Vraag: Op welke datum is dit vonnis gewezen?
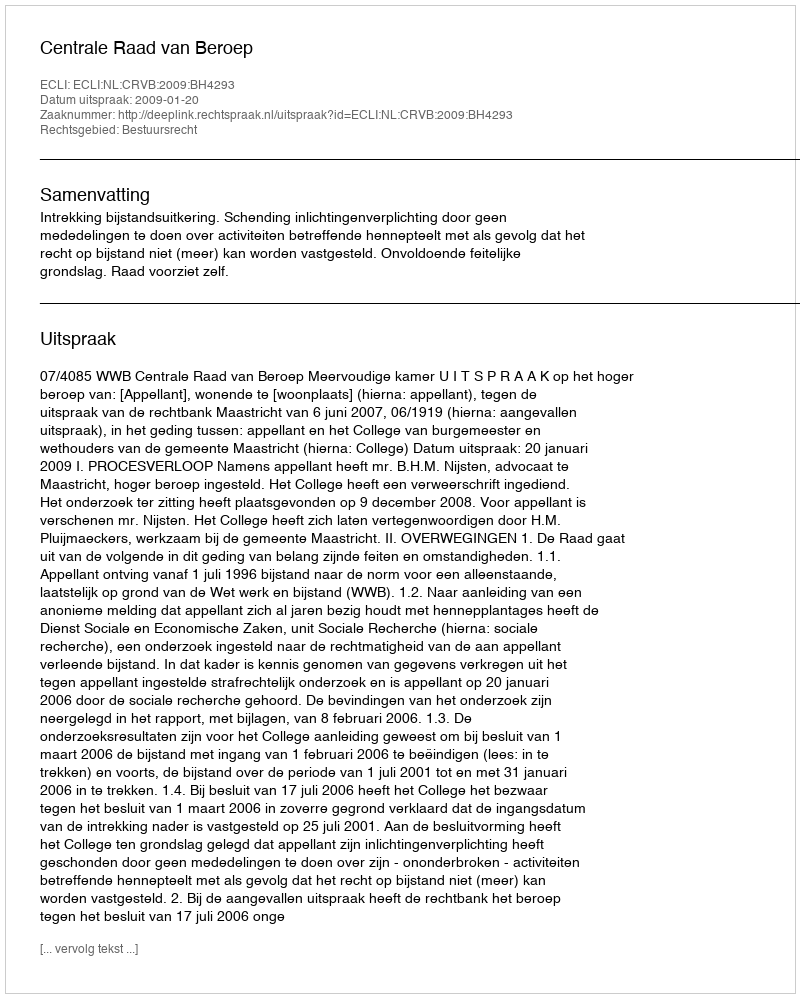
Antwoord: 2009-01-20